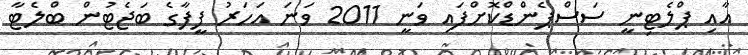
އާއި ޕްލެޓިނީ ސަސްޕެންޑްކޮށްފައި ވަނީ 2011 ވަނަ އަހަރު ފީފާގެ ބަޖެޓުން ބްލެޓާ